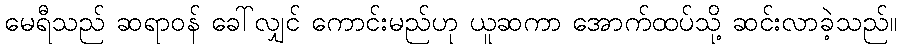
မေရီသည် ဆရာဝန် ခေါ်လျှင် ကောင်းမည်ဟု ယူဆကာ အောက်ထပ်သို့ ဆင်းလာခဲ့သည်။